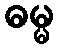
ဓမ္မ